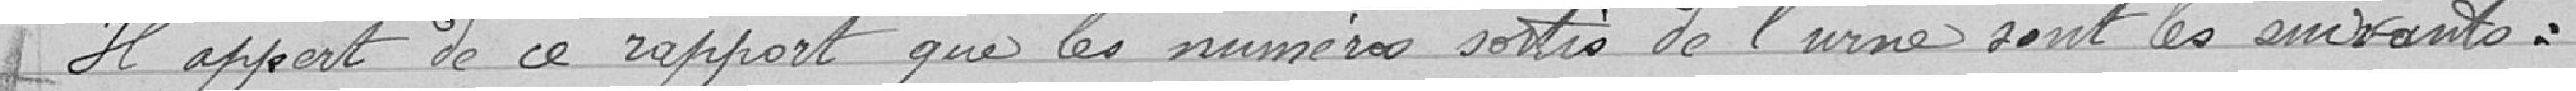
Il appert de ce rapport que les numéros sortis de l'urne sont les suivants :